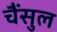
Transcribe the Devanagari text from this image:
चैंसुल